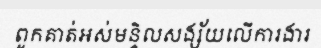
ពួកគាត់អស់មន្ទិលសង្ស័យលើការងារ